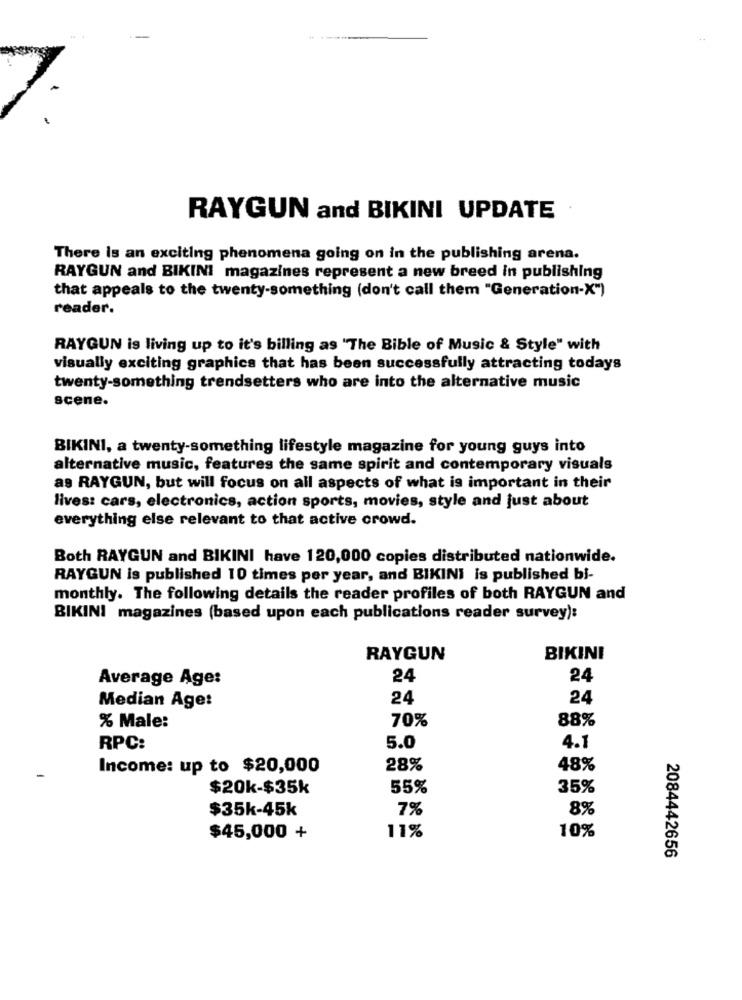
RAYGUN and BIKINI UPDATE
There is an exciting phenomena going on in the publishing arena.
RAYGUN and BIKINI magazines represent a new breed in publishing
that appeals to the twenty-something (don't call them "Generation-X")
reader.
RAYGUN is living up to it's billing as "The Bible of Music & Style" with
visually exciting graphics that has been successfully attracting todays
twenty-something trendsetters who are into the alternative music
scene.
BIKINI, a twenty-something lifestyle magazine for young guys into
alternative music, features the same spirit and contemporary visuals
as RAYGUN, but will focus on all aspects of what is important in their
lives: cars, electronics, action sports, movies, style and just about
everything else relevant to that active crowd.
Both RAYGUN and BIKINI have 120,000 copies distributed nationwide.
RAYGUN is published 10 times per year, and BIKINI is published bi-
monthly. The following details the reader profiles of both RAYGUN and
BIKINI magazines (based upon each publications reader survey):
RAYGUN
BIKINI
Average Age:
24
24
Median Age:
24
24
70%
88%
% Male:
RPC:
5.0
4.1
Income: up to $20,000
28%
48%
$20k-$35k
55%
35%
$35k-45k
7%
8%
10%
$45,000 +
11%
2084442656